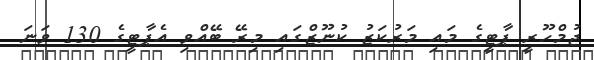
ޖުމްހޫރީ ޕާޓީގެ މައި މަރުކަޒު ކުނޫޒްގައި މިރޭ ބޭއްވި އެޕާޓީގެ 130 ވަނަ